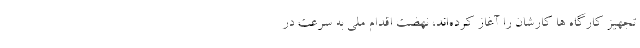
تجهیز کارگاه ها کارشان را آغاز کرده‌اند، نهضت اقدام ملی به سرعت در